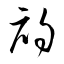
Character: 初